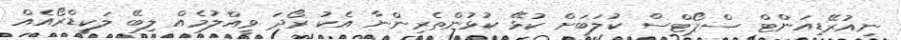
ނިއުރޭޑިއަންޓް ސްޕޯޓްސް ކުލަބަށް ކުޅޭ ކުޅުންތެރިންނާ އެކު ރޯދަ ވީއްލުމެއް ލިބޭ ލަކީޑްރޯއެއް